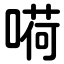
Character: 嗬